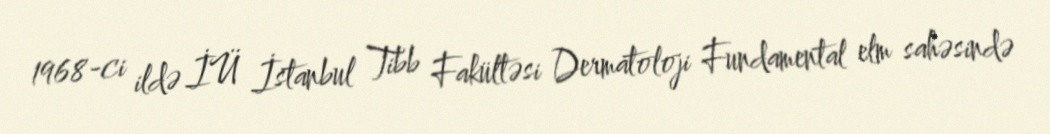
1968-ci ildə İÜ İstanbul Tibb Fakültəsi Dermatoloji Fundamental elm sahəsində